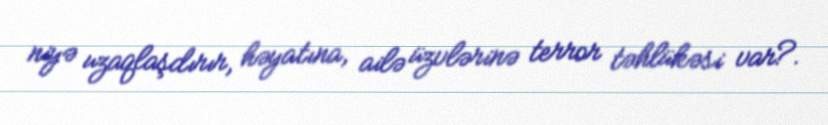
niyə uzaqlaşdırır, həyatına, ailə üzvlərinə terror təhlükəsi var?.